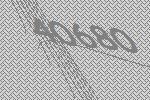
40680